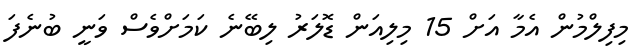
މިފިލްމުން އެމާ އަށް 15 މިލިއަން ޑޮލަރު ލިބޭނެ ކަމަށްވެސް ވަނީ ބުނެފަ